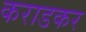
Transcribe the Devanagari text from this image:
कराडकर